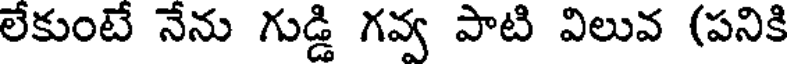
లేకుంటే నేను గుడ్డి గవ్వ పాటి విలువ (పనికి